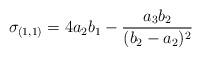
LaTeX: \begin{align*}\sigma_{(1,1)}=4a_2b_1-\frac{a_3b_2}{(b_2-a_2)^2}\end{align*}